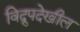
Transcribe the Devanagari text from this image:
विद्रुपदेखील